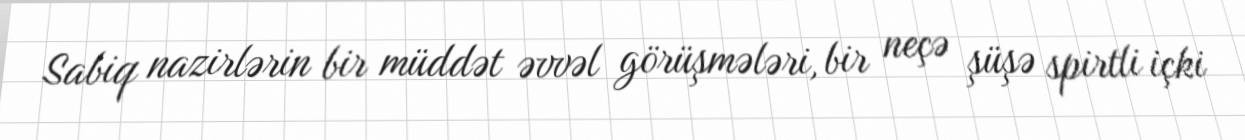
Sabiq nazirlərin bir müddət əvvəl görüşmələri, bir neçə şüşə spirtli içki